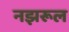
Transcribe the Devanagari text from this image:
नझरूल